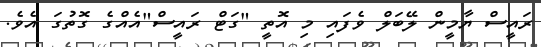
ރައީސް ޔާމީން ލޭބަލް ވެފައި މި އޮތީ "ގަޓް ރައީސް"އެއްގެ ގޮތުގަ އެވެ.